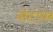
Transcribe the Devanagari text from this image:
बोटांवर